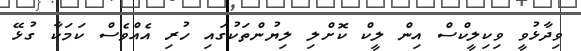
ވިދާޅުވީ ވިކިލީކްސް އިން ލީކް ކޮށްލި ލިޔުންތަކުގައި ހުރި އެއްވެސް ކަމަކާ ގުޅޭ